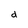
Character: d